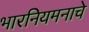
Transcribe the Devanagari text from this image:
भारनियमनाचे